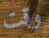
وقت